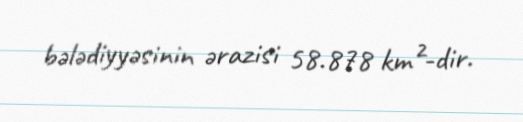
bələdiyyəsinin ərazisi 58.878 km²-dir.